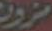
مزون